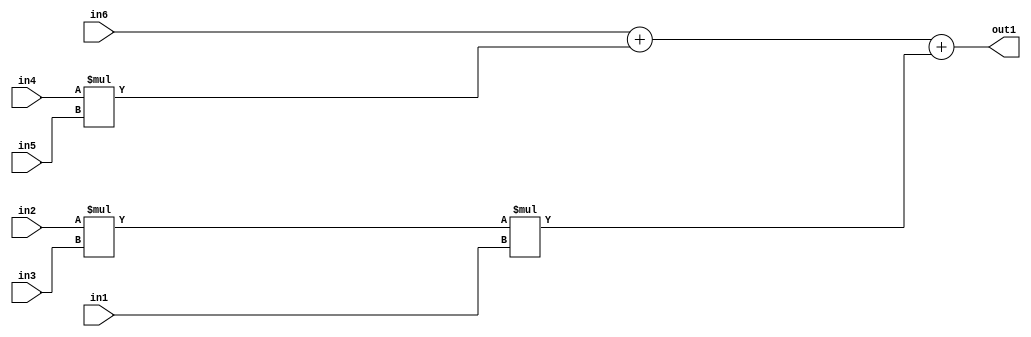
`timescale 1ps / 1ps
/*****************************************************************************
    Verilog RTL Description
    
    
    Created by: Stratus DpOpt 2019.1.01 
*******************************************************************************/

module st_weight_addr_gen_Add3Mul3u16u16u16Mul2u16u16u16_4_4 (
	in6,
	in5,
	in4,
	in3,
	in2,
	in1,
	out1
	); /* architecture "behavioural" */ 
input [15:0] in6,
	in5,
	in4,
	in3,
	in2,
	in1;
output [31:0] out1;
wire [31:0] asc001,
	asc002;

assign asc002 = 
	+(in2 * in3);

wire [31:0] asc001_tmp_0;
wire [31:0] asc001_tmp_1;
assign asc001_tmp_1 = 
	+(in6);
assign asc001_tmp_0 = asc001_tmp_1
	+(in4 * in5);
assign asc001 = asc001_tmp_0
	+(asc002 * in1);

assign out1 = asc001;
endmodule

/* CADENCE  v7T4Sw8= : u9/ySgnWtBlWxVPRXgAZ4Og= ** DO NOT EDIT THIS LINE ******/